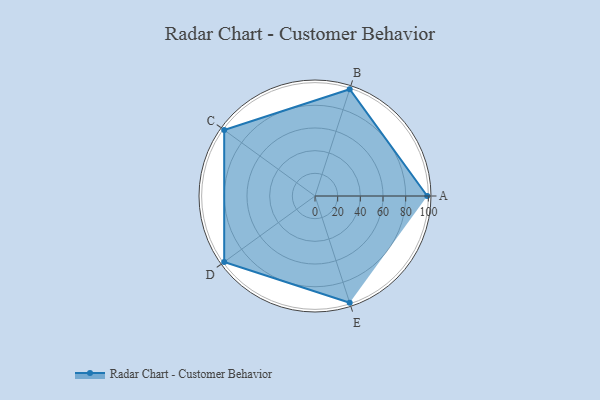
{"axis": {"x": "Skill", "y": "Score"}, "legend": ["Profile"], "data": [{"x": "A", "y": 99, "type": "Profile"}, {"x": "B", "y": 99, "type": "Profile"}, {"x": "C", "y": 99, "type": "Profile"}, {"x": "D", "y": 99, "type": "Profile"}, {"x": "E", "y": 99, "type": "Profile"}]}